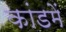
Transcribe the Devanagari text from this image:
कांडमें